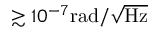
\gtrsim 1 0 ^ { - 7 } \mathrm { r a d / \sqrt \mathrm { H z } }